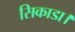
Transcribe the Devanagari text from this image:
सिकाडा।